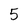
Character: 5